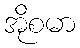
အိုစမာ